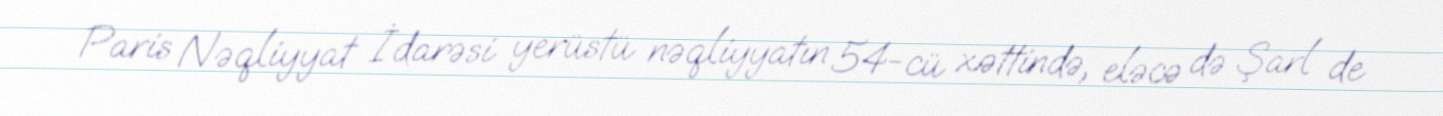
Paris Nəqliyyat İdarəsi yerüstü nəqliyyatın 54-cü xəttində, eləcə də Şarl de